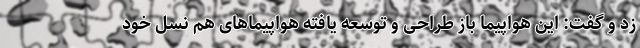
زد و گفت: این هواپیما باز طراحی و توسعه یافته هواپیماهای هم نسل خود